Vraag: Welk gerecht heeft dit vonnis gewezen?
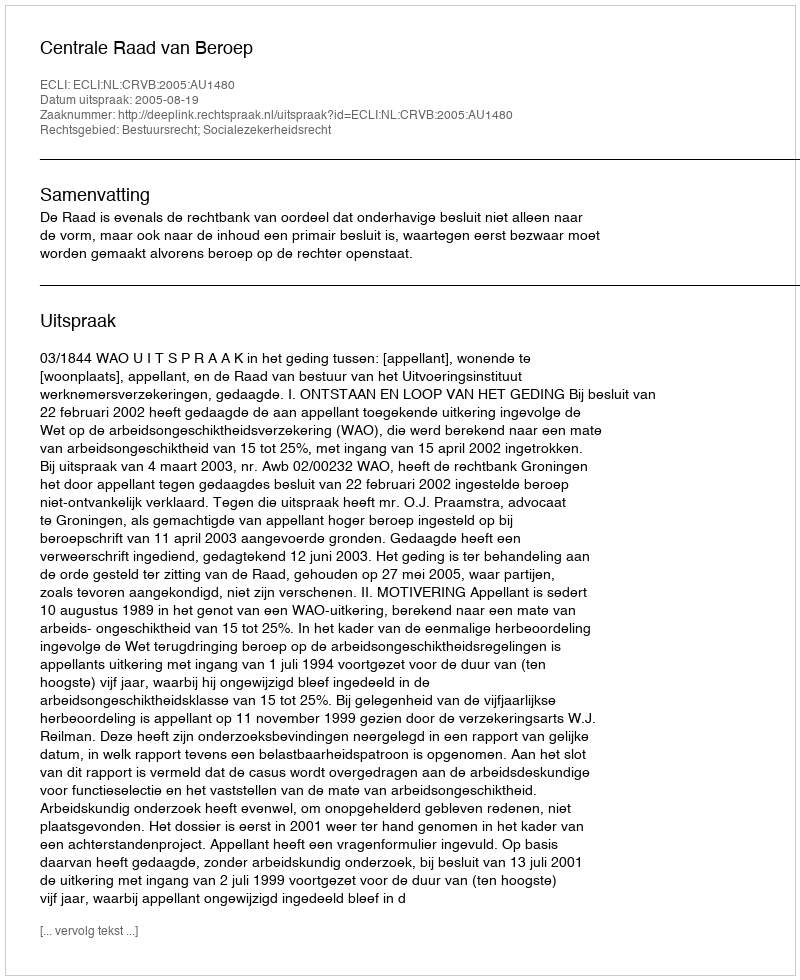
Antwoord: Centrale Raad van Beroep